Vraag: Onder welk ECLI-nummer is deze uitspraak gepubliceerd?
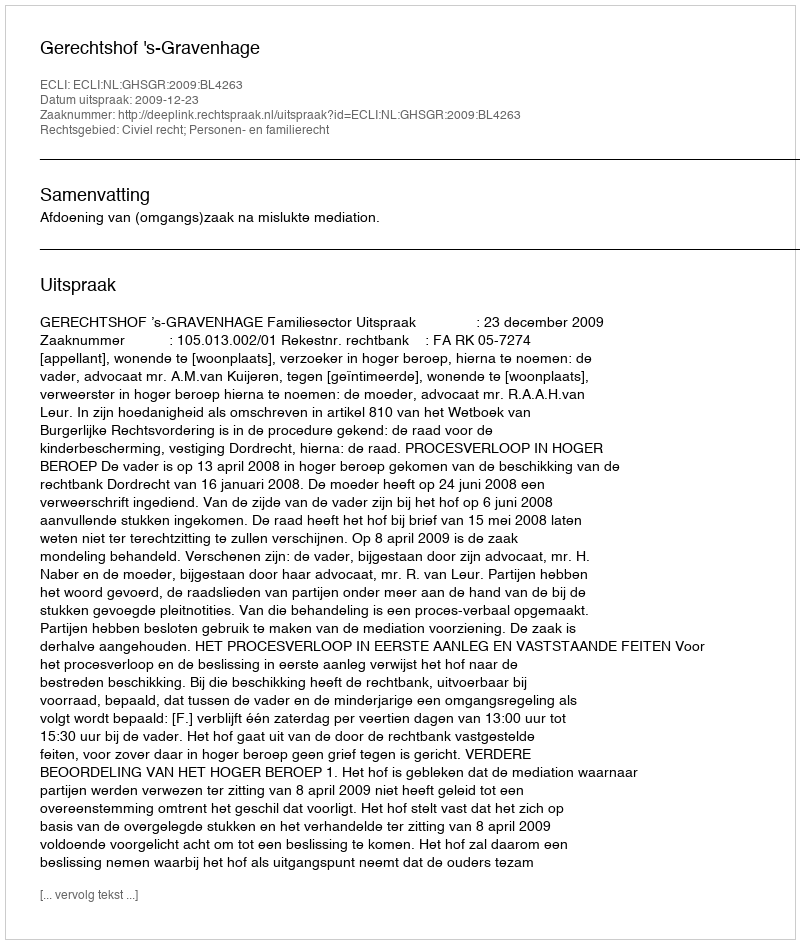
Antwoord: ECLI:NL:GHSGR:2009:BL4263